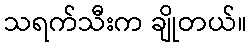
သရက်သီးက ချိုတယ်။